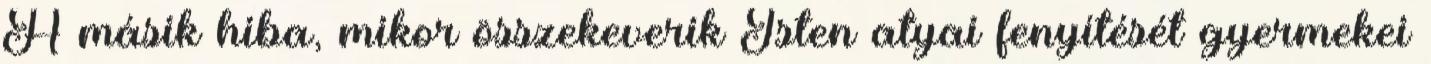
A másik hiba, mikor összekeverik Isten atyai fenyítését gyermekei